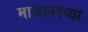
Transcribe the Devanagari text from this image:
माळावरच्या